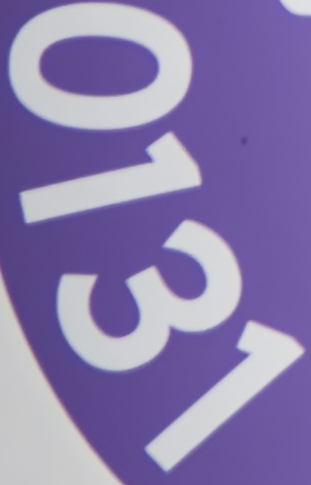
0131